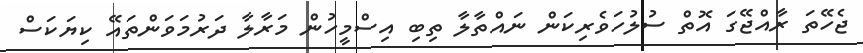
ޖެހޭތަ ރާއްޖޭގަ އޮތް ސުލުހަވެރިކަން ނައްތާލާ ތިބި އިސްމީހުން މަރާލާ ދަރުމަވަންތައޭ ކިޔަކަސް